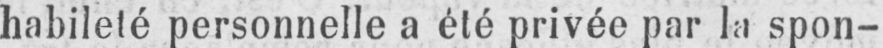
habileté personnelle a été privée par la spon-